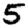
Digit: 5